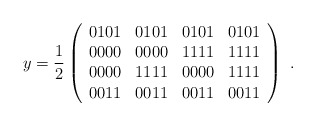
\begin{align*} y=\frac{1}{2} \left( \begin{array}{cccc} 0101 &0101&0101 &0101\\ 0000 &0000 &1111 &1111\\ 0000 &1111 &0000 &1111\\0011 &0011 &0011 &0011\end{array} \right) \ .\end{align*}